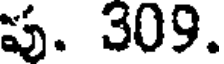
పు. 309.